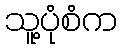
သူ့ပုံစံက